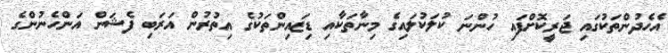
އެހެދުންތަކުގައި ޖަރީކޮށްފައި ހުންނަ ކުލަކުލައިގެ މިނާތަކާއި ޑިޒައިންތަކުގެ އިތުރުން އަރަބި ފެޝަން އަންހެނުންގެ